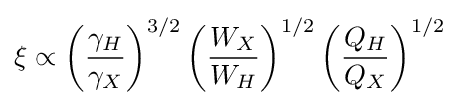
\xi \propto \left({\frac {\gamma _{H}}{\gamma _{X}}}\right)^{3/2}\left({\frac {W_{X}}{W_{H}}}\right)^{1/2}\left({\frac {Q_{H}}{Q_{X}}}\right)^{1/2}